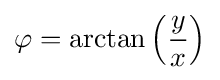
\varphi =\arctan \left({\frac {y}{x}}\right)